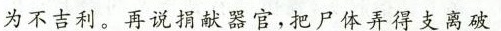
为不吉利，再说献器官，把尸体弄得发实玻